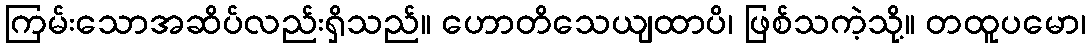
ကြမ်းသောအဆိပ်လည်းရှိသည်။ ဟောတိသေယျထာပိ၊ ဖြစ်သကဲ့သို့။ တထူပမော၊